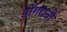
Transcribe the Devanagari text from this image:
डोंगरानी